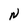
Character: N